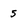
Character: 5